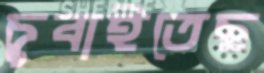
চুবাইতেছ